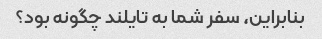
بنابراین، سفر شما به تایلند چگونه بود؟